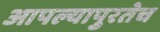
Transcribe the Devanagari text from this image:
आपल्यापुरतेच